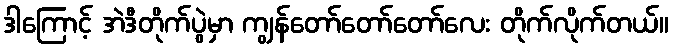
ဒါကြောင့် အဲဒီတိုက်ပွဲမှာ ကျွန်တော်တော်တော်လေး တိုက်လိုက်တယ်။